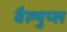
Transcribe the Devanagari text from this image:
वैल्युप्स